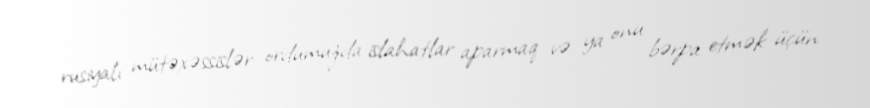
rusiyalı mütəxəssislər ordumuzda islahatlar aparmaq və ya onu bərpa etmək üçün